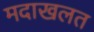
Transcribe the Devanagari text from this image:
मदाखलत